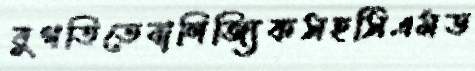
বুগতিতেবাণিজ্যিকসহসিএমড